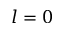
l = 0